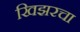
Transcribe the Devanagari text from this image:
खिझरचा